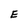
Character: E